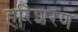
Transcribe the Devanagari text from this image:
हरिशरण